65_HS1-834228961_62-HQ-83894_Section_9
Agency: FBI
Page 84
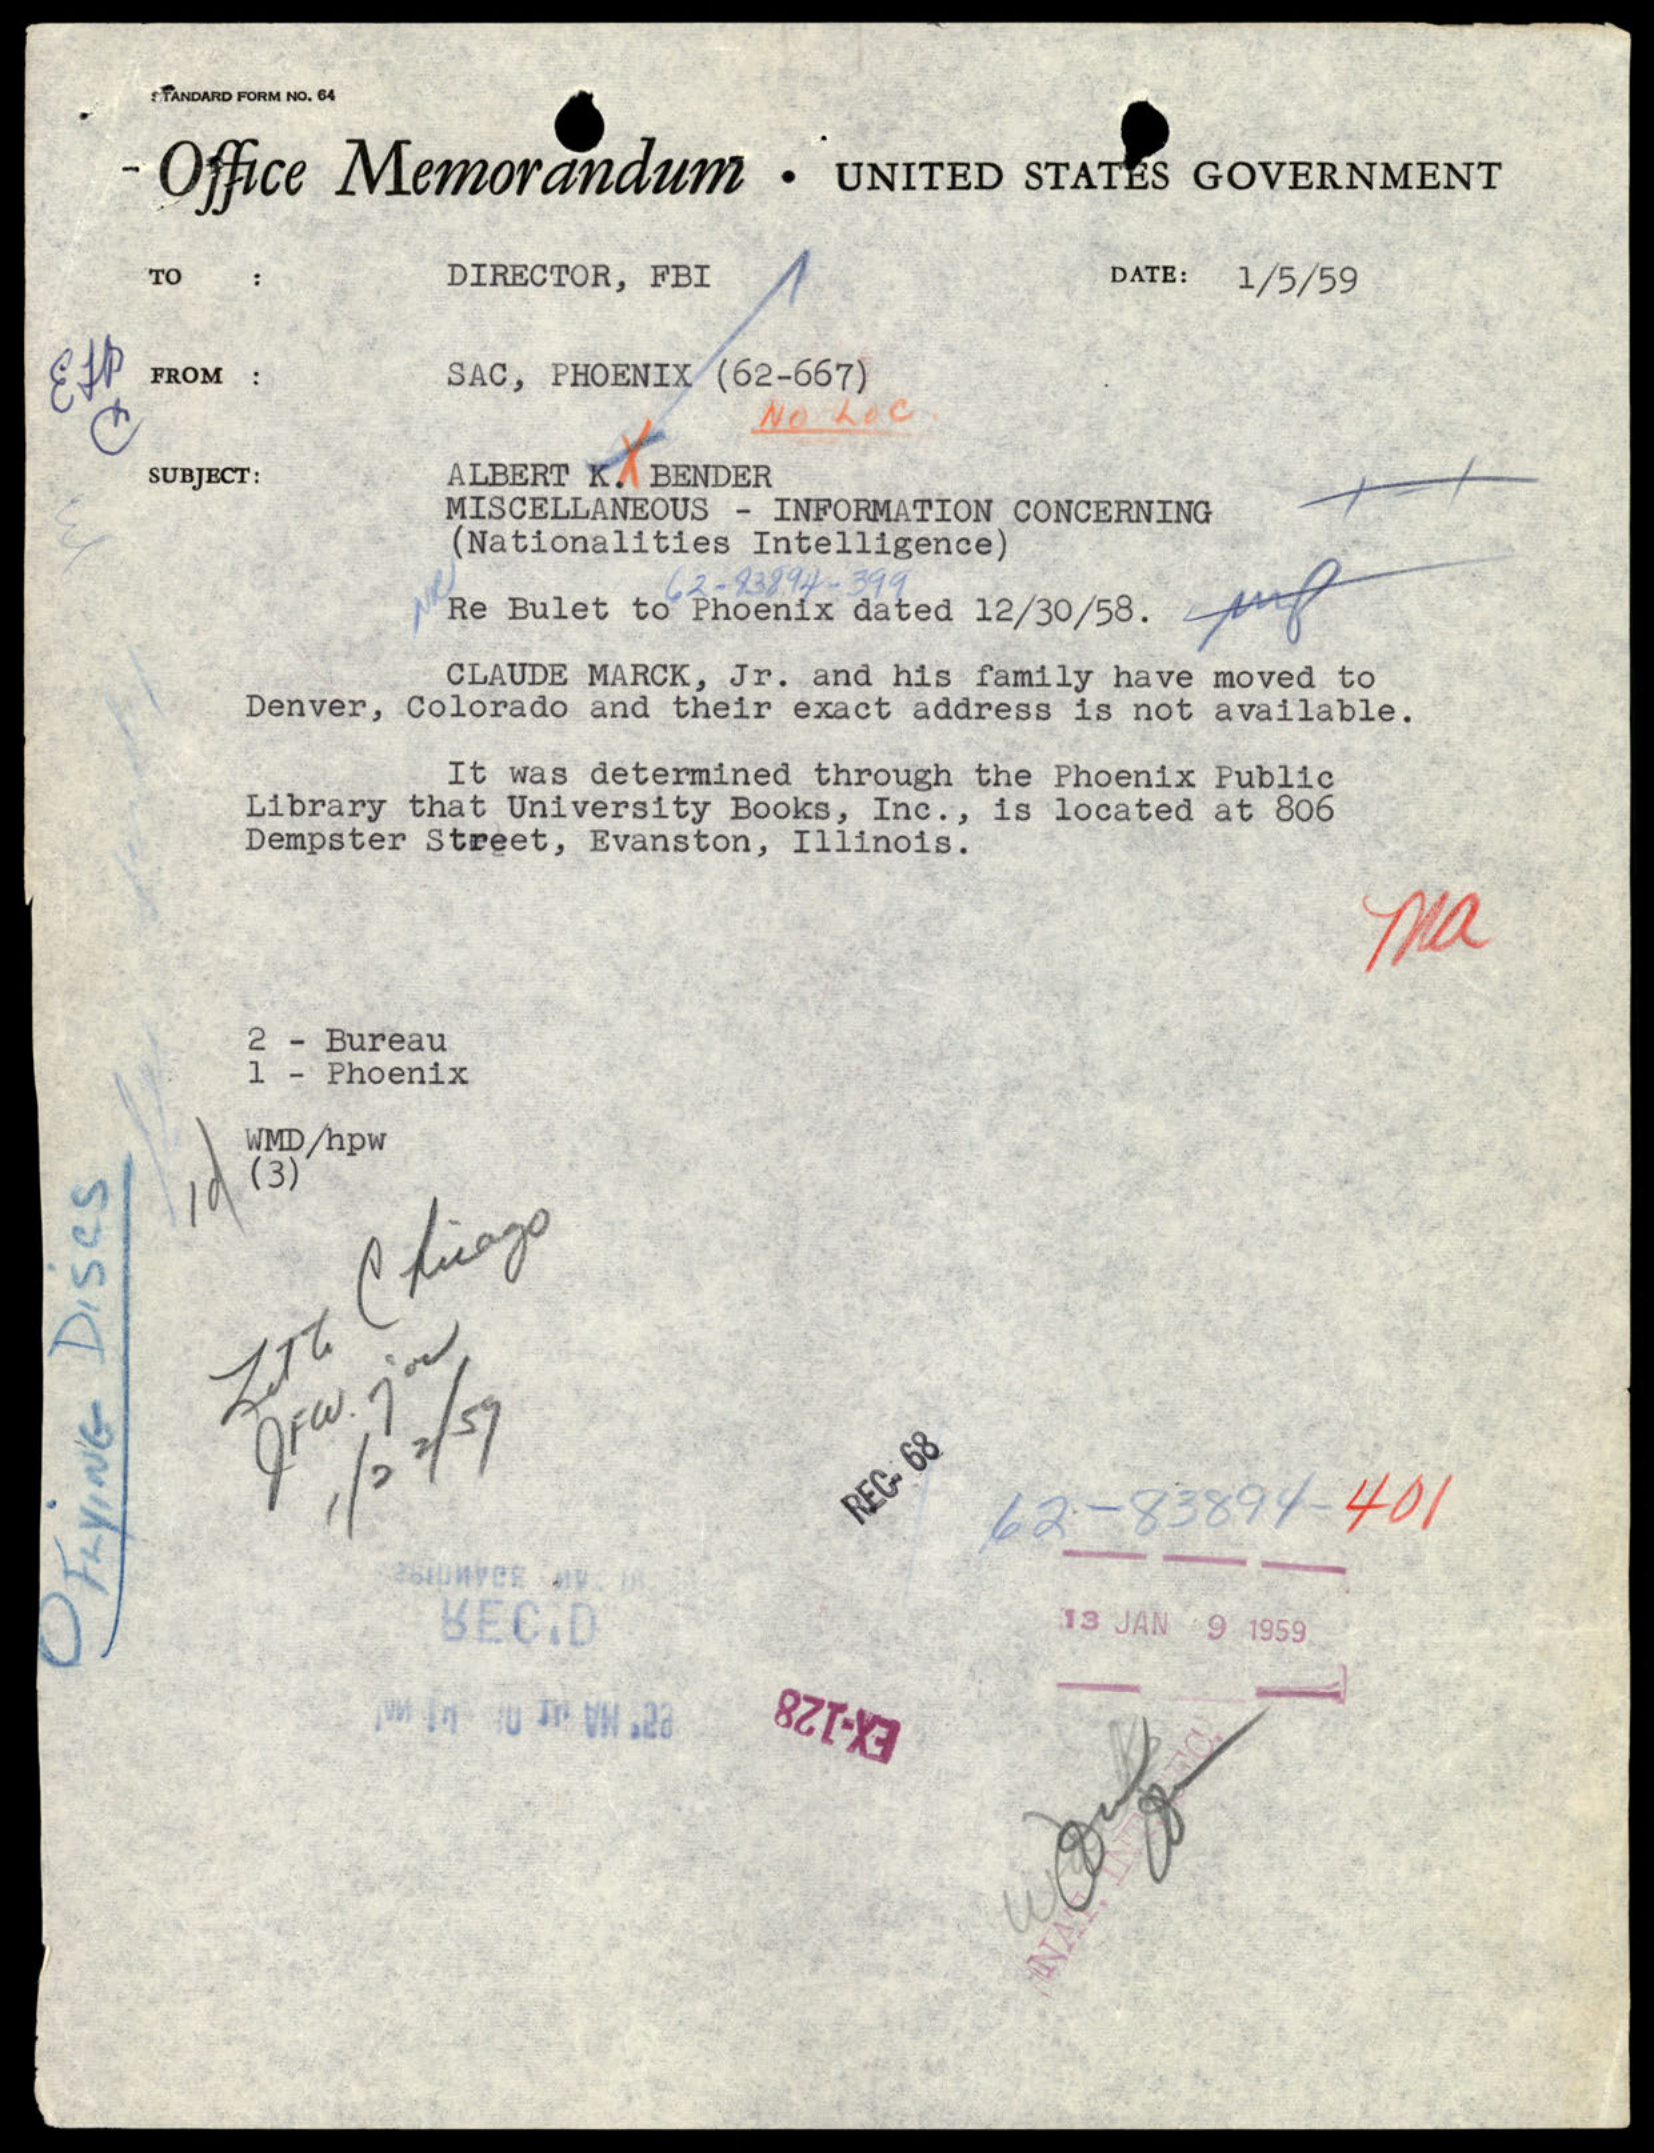